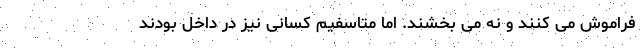
فراموش می کنند و نه می بخشند. اما متاسفیم کسانی نیز در داخل بودند